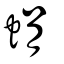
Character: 蜎